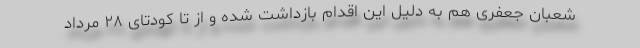
شعبان جعفری هم به دلیل این اقدام بازداشت شده و از تا کودتای ۲۸ مرداد